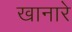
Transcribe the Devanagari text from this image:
खानारे